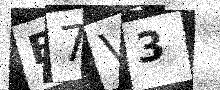
Text: B7V3